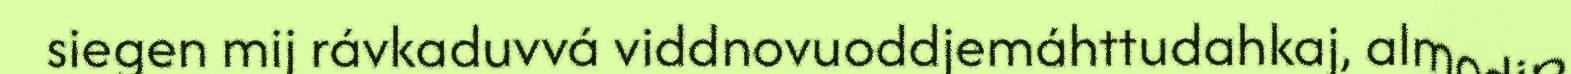
siegen mij rávkaduvvá viddnovuoddjemáhttudahkaj, almodip